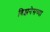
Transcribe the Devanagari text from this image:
बिझनेसच्या